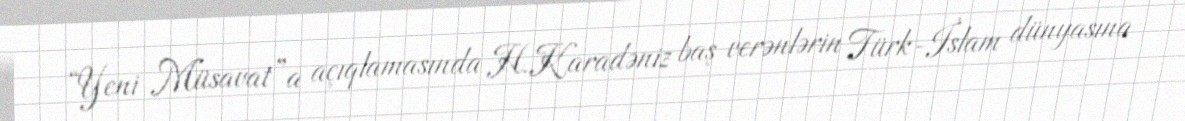
“Yeni Müsavat”a açıqlamasında H.Karadəniz baş verənlərin Türk-İslam dünyasına